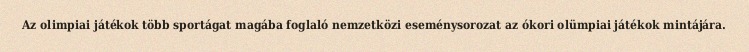
Az olimpiai játékok több sportágat magába foglaló nemzetközi eseménysorozat az ókori olümpiai játékok mintájára.